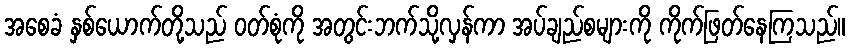
အစေခံ နှစ်ယောက်တို့သည် ဝတ်စုံကို အတွင်းဘက်သို့လှန်ကာ အပ်ချည်စများကို ကိုက်ဖြတ်နေကြသည်။